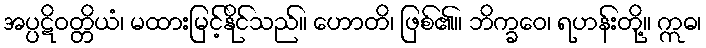
အပ္ပဋိဝတ္တိယံ၊ မထားမြင့်နိုင်သည်။ ဟောတိ၊ ဖြစ်၏။ ဘိက္ခဝေ၊ ရဟန်းတို့။ ဣဓ၊